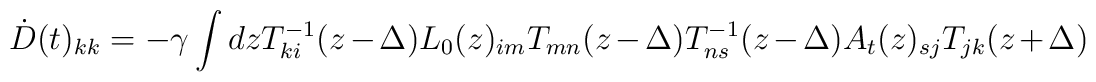
\dot{D}(t)_{kk}=-\gamma \int dz T^{-1}_{ki}(z-\Delta )L_0(z)_{im}T_{mn}(z-\Delta )T^{-1}_{ns}(z-\Delta )A_t(z)_{sj}T_{jk}(z+\Delta )